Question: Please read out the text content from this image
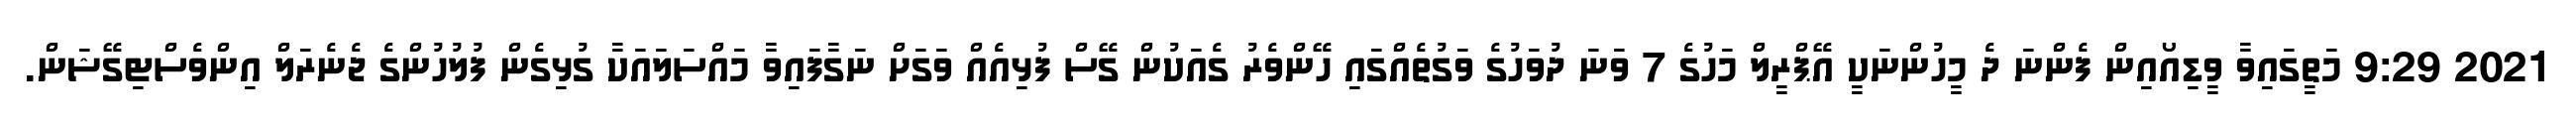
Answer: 2021 9:29 މަތީގައިވާ ވީޑިއޯއިން ފެންނަ ދެ މީހުންނަކީ އޭޕްރީލް މަހުގެ 7 ވަނަ ދުވަހުގެ ވަގުތެއްގައި ހޭންވެރު ގެއަކުން ގޭސް ފުޅިއެއް ވަގަށް ނަގާފައިވާ މައްސަލައަކާ ގުޅިގެން ފުލުހުންގެ ޖެނެރަލް އިންވެސްޓިގޭޝަން.